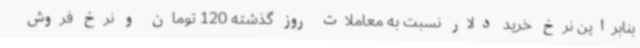
بنابراین نرخ خرید دلار نسبت به معاملات روز گذشته 120 تومان و نرخ فروش